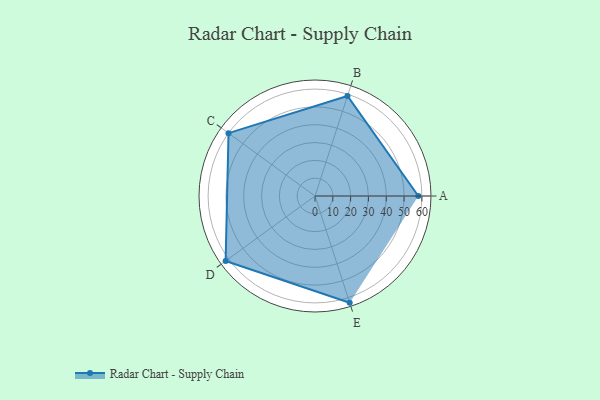
{"axis": {"x": "Skill", "y": "Score"}, "legend": ["Profile"], "data": [{"x": "A", "y": 58.0, "type": "Profile"}, {"x": "B", "y": 59.0, "type": "Profile"}, {"x": "C", "y": 60.0, "type": "Profile"}, {"x": "D", "y": 62.0, "type": "Profile"}, {"x": "E", "y": 63.0, "type": "Profile"}]}